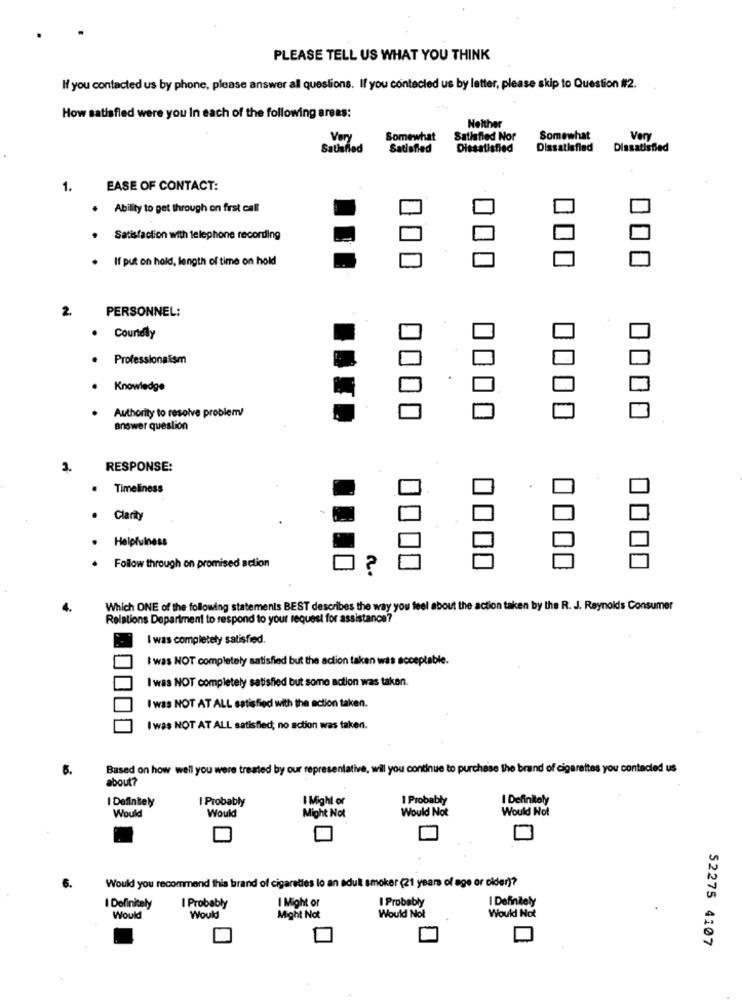
PLEASE TELL US WHAT YOU THINK
If you contacted us by phone, please answer all questions. If you contecled us by letter, please skip to Question #2.
How satisfied were you In each of the following areas:
Neither
Very
Somewhat
Satisfied Nor
Somewhat
Very
Satisfied
Satisfied
Dissatisfied
Dissatisfied
Dissatisfied
1.
EASE OF CONTACT:
. Ability to get through on first call
Satisfaction with telephone recording
If put on hold, length of time on hold
2.
PERSONNEL:
. Countdly
· Professionalism
Knowledge
Authority to resolve problem!
answer question
3.
RESPONSE:
Timeliness
· Clarity
Helpfulness
Follow through on promised action
?
Which ONE of the following statements BEST describes the way you feel about the action taken by the R. J. Reynolds Consumer
Relations Department to respond to your request for assistance?
I was completely satisfied.
I was NOT completely satisfied but the action taken was
eptable.
I was NOT completely satisfied but some action was taken.
I was NOT AT ALL satisfied with the action taken.
I was NOT AT ALL satisfied; no action was taken.
6.
Based on how well you were treated by our representative, wil you continue to purchase the brand of cigarettes you contacted us
about?
I Definitely
I Probably
I Might or
I Probably
I Definitely
Would Not
Would Not
Would
Would
Might Not
Would you recommend this brand of cigarettes lo an adult smoker (21 years of age or older)?
I Might or
I Probably
I Definitely
I Definitely
I Probably
Would
Would
Might Not
Would Not
Would Not
52275 4107